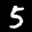
Label: 5